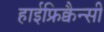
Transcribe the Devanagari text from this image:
हाईफ्रिक्वैन्सी